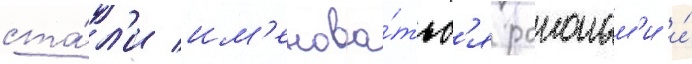
ста́л'и им'енова́тьс'я раионам'и и́